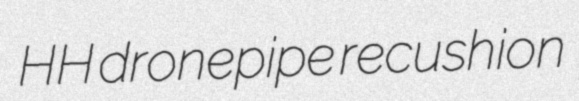
HH dronepipe recushion